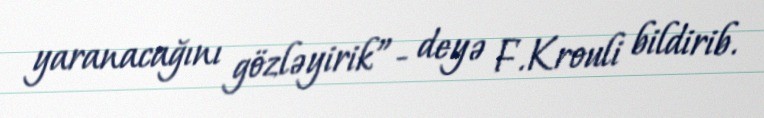
yaranacağını gözləyirik”- deyə F.Krouli bildirib.